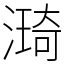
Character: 𣾏